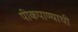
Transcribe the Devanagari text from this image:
पीकपाण्याची